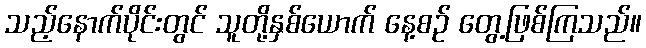
သည့်နောက်ပိုင်းတွင် သူတို့နှစ်ယောက် နေ့စဉ် တွေ့ဖြစ်ကြသည်။